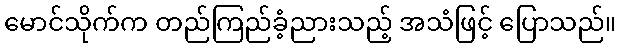
မောင်သိုက်က တည်ကြည်ခံ့ညားသည့် အသံဖြင့် ပြောသည်။